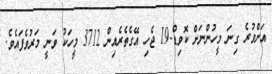
އަށްވުރެ ގިނަ މީހުންނަށް ކޮވިޑް-19 ޖެހި އޭގެތެރެއިން 3712 މީހަކު ވަނީ މަރުވެފައެވެ.